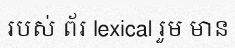
របស់ ព័រ lexical រួម មាន